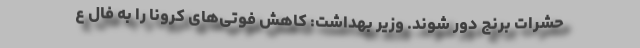
حشرات برنج دور شوند. وزیر بهداشت: کاهش فوتی‌های کرونا را به فال ع